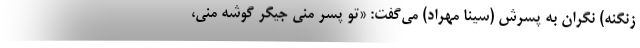
زنگنه) نگران به پسرش (سينا مهراد) مي‌گفت: «تو پسر مني جيگر گوشه مني،